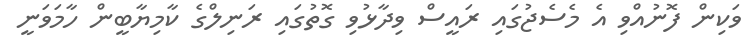
ވަކިން ފޮނުއްވި އެ މެސެޖުގައި ރައީސް ވިދާޅުވި ގޮތުގައި ރަނިލްގެ ކާމިޔާބީން ހާމަވަނީ